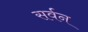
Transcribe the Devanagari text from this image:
सर्वन